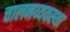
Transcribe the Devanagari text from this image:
चालनव्यवस्था